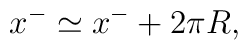
x^{-} \simeq x^{-} + 2\pi R,